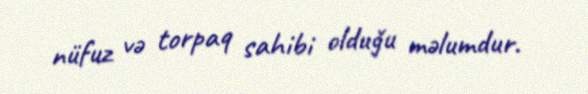
nüfuz və torpaq sahibi olduğu məlumdur.